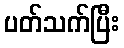
ပတ်သက်ပြီး